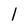
Character: l